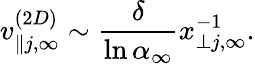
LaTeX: v_{\parallel j,\infty}^{(2D)}\sim\frac{\delta}{\ln\alpha_{\infty}}x_{\perp j,\infty}^{-1}.